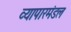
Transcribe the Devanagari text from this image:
व्यापारमंडल